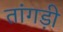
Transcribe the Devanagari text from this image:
तांगड़ी